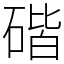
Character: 䃈